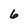
Character: 6